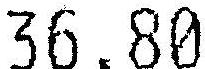
36.80